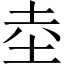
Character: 坴